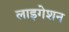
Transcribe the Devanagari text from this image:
लाइगेशन